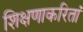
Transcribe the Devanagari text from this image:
शिक्षणाकरितां